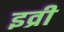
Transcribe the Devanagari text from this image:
इव्री